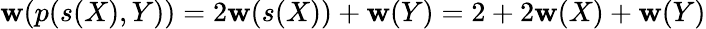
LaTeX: \mathbf{w}(p(s(X),Y))=2\mathbf{w}(s(X))+\mathbf{w}(Y)=2+2\mathbf{w}(X)+\mathbf{w}(Y)